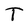
Character: T